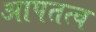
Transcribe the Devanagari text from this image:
आपतत्व